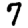
Digit: 7